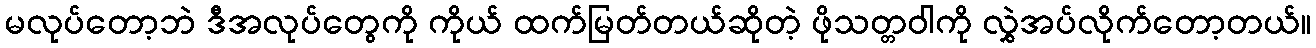
မလုပ်တော့ဘဲ ဒီအလုပ်တွေကို ကိုယ် ထက်မြတ်တယ်ဆိုတဲ့ ဖိုသတ္တဝါကို လွှဲအပ်လိုက်တော့တယ်။